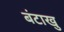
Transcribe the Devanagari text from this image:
बंटाखु